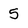
Character: 5